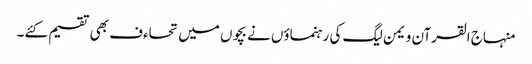
منہاج القرآن ویمن لیگ کی رہنماؤں نے بچوں میں تحاءف بھی تقسیم کئے۔